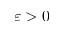
\varepsilon > 0